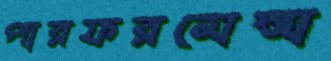
পারফরমেন্স